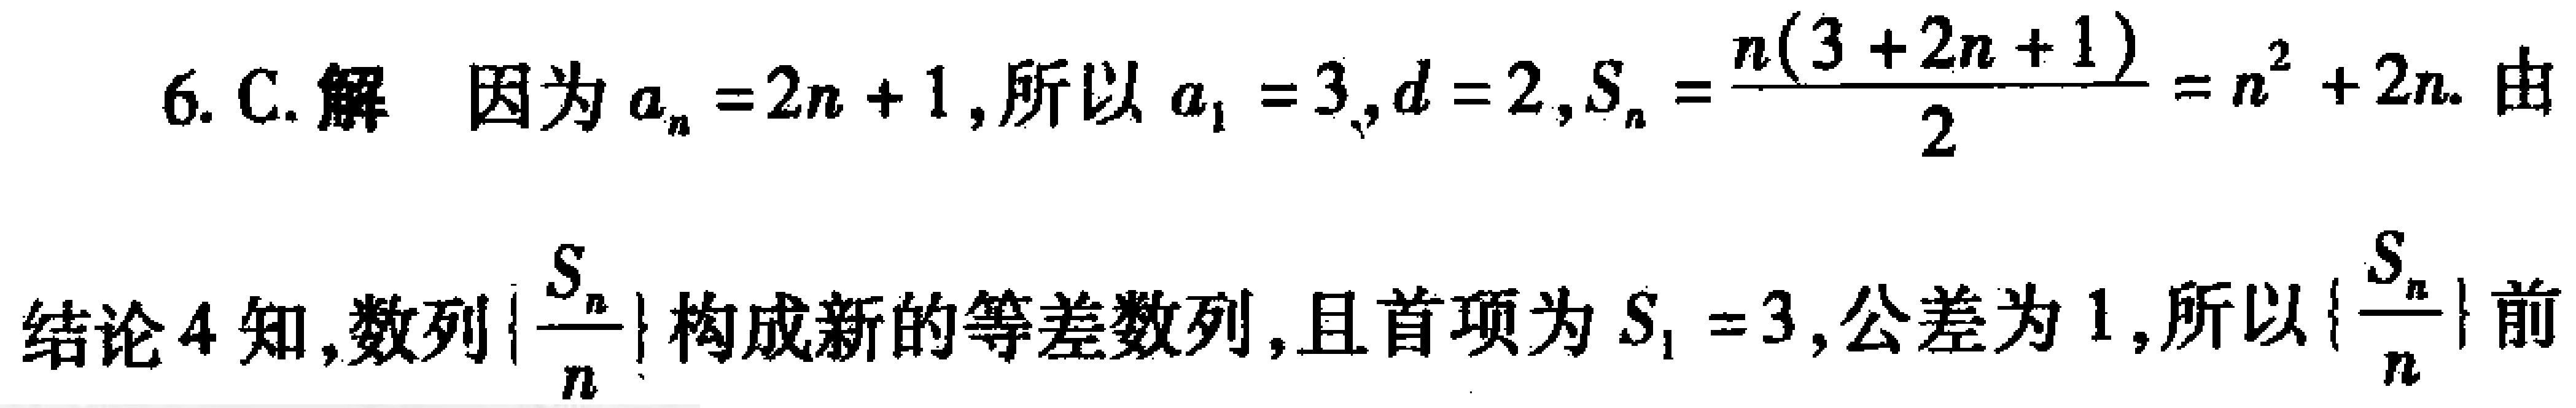
6. C. 解 因为\(a_{n}=2n + 1\)，所以\(a_{1}=3\)，\(d = 2\)，\(S_{n}=\frac{n(3 + 2n + 1)}{2}=n^{2}+2n\)。由
结论4知，数列\(\{\frac{S_{n}}{n}\}\)构成新的等差数列，且首项为\(S_{1}=3\)，公差为\(1\)，所以\(\{\frac{S_{n}}{n}\}\)前